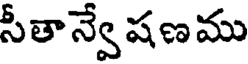
సీతాన్వే షణము